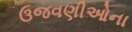
ઉજવણીઓના